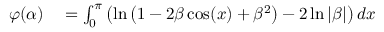
\begin{array} { r l } { \varphi ( \alpha ) } & { { } = \int _ { 0 } ^ { \pi } \left( \ln \left( 1 - 2 \beta \cos ( x ) + \beta ^ { 2 } \right) - 2 \ln | \beta | \right) d x } \end{array}